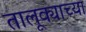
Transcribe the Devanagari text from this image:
तालूक्याच्या